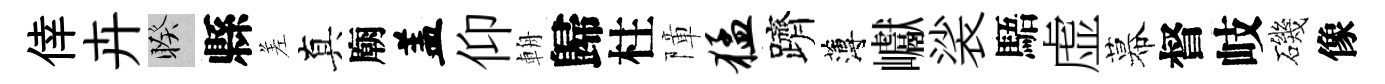
倖卉睽縣差真廟盖仰輈歸柱障猛躋薄巘裟䮏虚幕督岐磯像